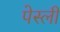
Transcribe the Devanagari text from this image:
पेस्ली